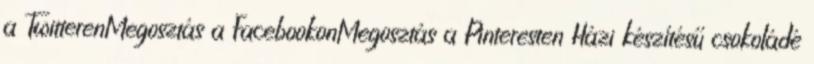
a TwitterenMegosztás a FacebookonMegosztás a Pinteresten Házi készítésű csokoládé